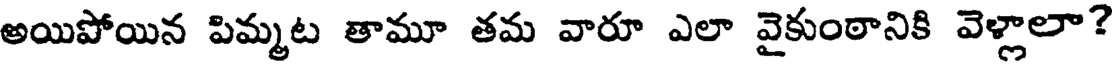
అయిపోయిన పిమ్మట తామూ తమ వారూ ఎలా వైకుంఠానికి వెళ్లాలా?